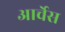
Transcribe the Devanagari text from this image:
आर्चेस